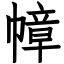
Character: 幛